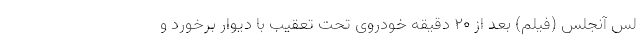
لس آنجلس (فیلم) بعد از ۲۰ دقیقه خودروی تحت تعقیب با دیوار برخورد و